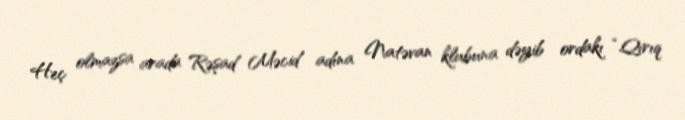
Heç olmazsa arada Rəşad Məcid adına Natəvan klubuna dəyib ordakı “Qırıq